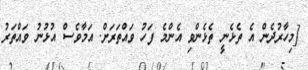
[މިހާރުދެން އެ ތެޅެނީ ތެޅެންވި އެންމެ ފަހު ވައްތަރަށް. އަމާވެސް އުޅުނު ވައްތަރު